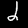
Digit: 2